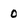
Character: 0